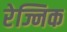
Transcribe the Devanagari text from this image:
रेज्निक